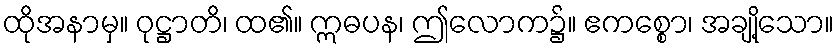
ထိုအနာမှ။ ဝုဋ္ဌာတိ၊ ထ၏။ ဣဓပန၊ ဤလောက၌။ ဧကစ္စော၊ အချို့သော။